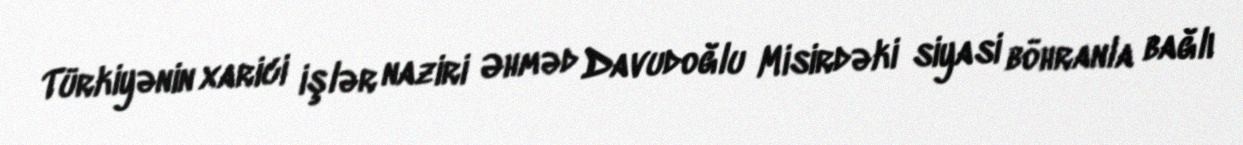
Türkiyənin xarici işlər naziri Əhməd Davudoğlu Misirdəki siyasi böhranla bağlı